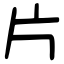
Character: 片